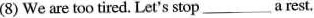
(8) We are too tired. Let's stop_a rest.